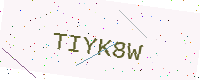
Text: TIYK8W